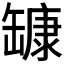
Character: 𰭅